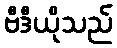
ဗီဒီယိုသည်